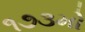
૧૭૩મો